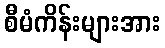
စီမံကိန်းများအား